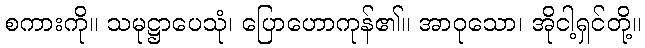
စကားကို။ သမုဋ္ဌာပေသုံ၊ ပြောဟောကုန်၏။ အာဝုသော၊ အိုငါ့ရှင်တို့။